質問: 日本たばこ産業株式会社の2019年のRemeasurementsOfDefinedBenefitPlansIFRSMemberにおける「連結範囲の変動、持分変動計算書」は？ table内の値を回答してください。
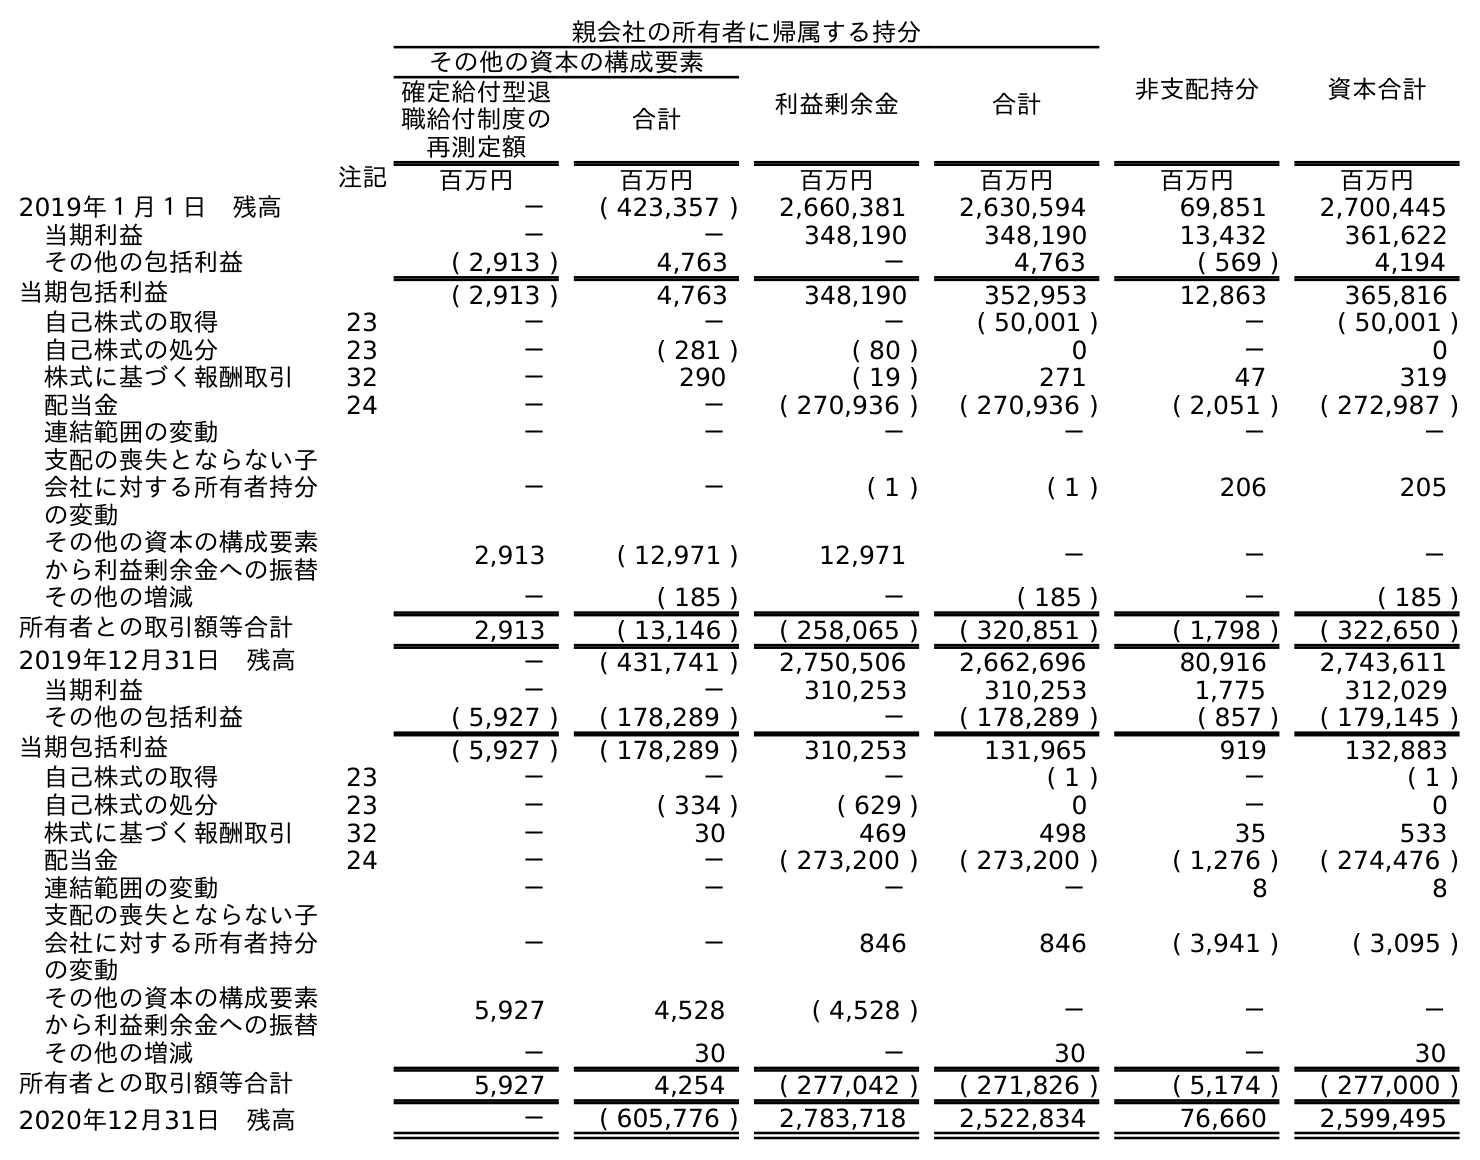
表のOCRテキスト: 親会社の所有者に帰属する持分 非支配持分 資本合計 その他の資本の構成要素 利益剰余金 合計 確定給付型退 職給付制度の 再測定額 合計 注記 百万円 百万円 百万円 百万円 百万円 百万円 2019年１月１日 残高 － ( 423,357 ) 2,660,381 2,630,594 69,851 2,700,445 当期利益 － － 348,190 348,190 13,432 361,622 その他の包括利益 ( 2,913 ) 4,763 － 4,763 ( 569 ) 4,194 当期包括利益 ( 2,913 ) 4,763 348,190 352,953 12,863 365,816 自己株式の取得 23 － － － ( 50,001 ) － ( 50,001 ) 自己株式の処分 23 － ( 281 ) ( 80 ) 0 － 0 株式に基づく報酬取引 32 － 290 ( 19 ) 271 47 319 配当金 24 － － ( 270,936 ) ( 270,936 ) ( 2,051 ) ( 272,987 ) 連結範囲の変動 － － － － － － 支配の喪失とならない子 会社に対する所有者持分 の変動 － － ( 1 ) ( 1 ) 206 205 その他の資本の構成要素 から利益剰余金への振替 2,913 ( 12,971 ) 12,971 － － － その他の増減 － ( 185 ) － ( 185 ) － ( 185 ) 所有者との取引額等合計 2,913 ( 13,146 ) ( 258,065 ) ( 320,851 ) ( 1,798 ) ( 322,650 ) 2019年12月31日 残高 － ( 431,741 ) 2,750,506 2,662,696 80,916 2,743,611 当期利益 － － 310,253 310,253 1,775 312,029 その他の包括利益 ( 5,927 ) ( 178,289 ) － ( 178,289 ) ( 857 ) ( 179,145 ) 当期包括利益 ( 5,927 ) ( 178,289 ) 310,253 131,965 919 132,883 自己株式の取得 23 － － － ( 1 ) － ( 1 ) 自己株式の処分 23 － ( 334 ) ( 629 ) 0 － 0 株式に基づく報酬取引 32 － 30 469 498 35 533 配当金 24 － － ( 273,200 ) ( 273,200 ) ( 1,276 ) ( 274,476 ) 連結範囲の変動 － － － － 8 8 支配の喪失とならない子 会社に対する所有者持分 の変動 － － 846 846 ( 3,941 ) ( 3,095 ) その他の資本の構成要素 から利益剰余金への振替 5,927 4,528 ( 4,528 ) － － － その他の増減 － 30 － 30 － 30 所有者との取引額等合計 5,927 4,254 ( 277,042 ) ( 271,826 ) ( 5,174 ) ( 277,000 ) 2020年12月31日 残高 － ( 605,776 ) 2,783,718 2,522,834 76,660 2,599,495
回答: －